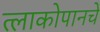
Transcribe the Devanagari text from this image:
त्लाकोपानचे